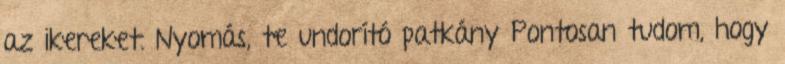
az ikereket. Nyomás, te undorító patkány Pontosan tudom, hogy